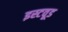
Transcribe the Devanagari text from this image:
इस्टवूड